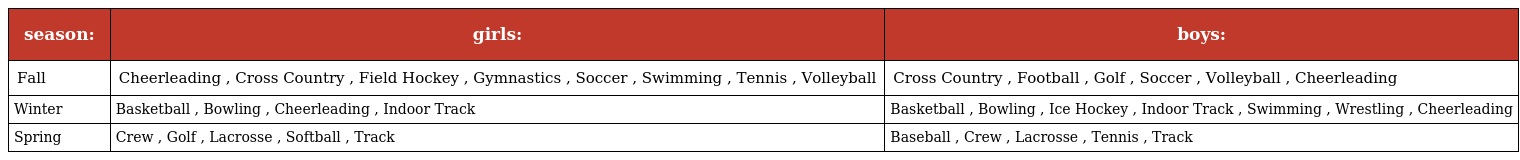
| season: | girls: | boys: |
 | --- | --- | --- |
 | Fall | Cheerleading , Cross Country , Field Hockey , Gymnastics , Soccer , Swimming , Tennis , Volleyball | Cross Country , Football , Golf , Soccer , Volleyball , Cheerleading |
 | Winter | Basketball , Bowling , Cheerleading , Indoor Track | Basketball , Bowling , Ice Hockey , Indoor Track , Swimming , Wrestling , Cheerleading |
 | Spring | Crew , Golf , Lacrosse , Softball , Track | Baseball , Crew , Lacrosse , Tennis , Track |